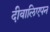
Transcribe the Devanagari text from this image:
दीवालिएपन